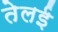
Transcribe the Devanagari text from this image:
तेलई